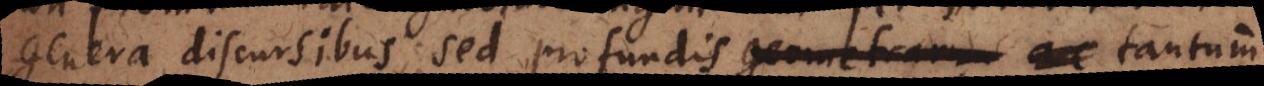
genera discursibus, sed profundis geometrarum tantum